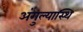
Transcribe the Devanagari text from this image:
अंगुल्यास्थि